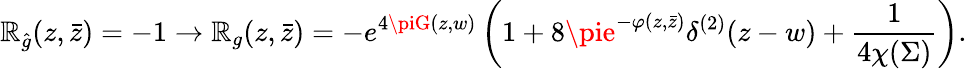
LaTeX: \mathbb{R}_{\hat{{g}}}(z,\bar{{z}})=-1\to\mathbb{R}_{g}(z,\bar{{z}})=-e^{4\piG(z,w)}\left(1+8\pie^{-\varphi(z,\bar{{z}})}\delta^{(2)}(z-w)+{\frac{{1}}{{4\chi(\Sigma)}}}\right).